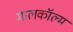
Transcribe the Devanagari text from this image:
मालकॉल्म